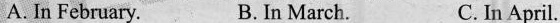
A. In February. B. In March. C. In April.